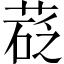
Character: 𦷩